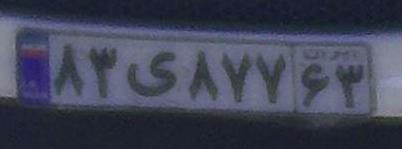
۸۳ی۸۷۷۶۳